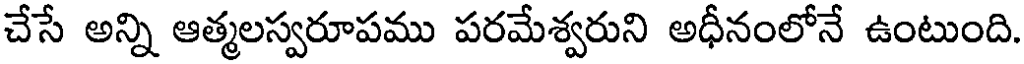
చేసే అన్ని ఆత్మలస్వరూపము పరమేశ్వరుని అధీనంలోనే ఉంటుంది.